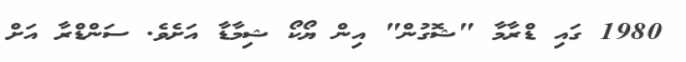
1980 ގައި ޑްރާމާ "ޝޮގުން" އިން ޔޯކޯ ޝިމާޑާ އަށެވެ. ސަންޑްރާ އަށް